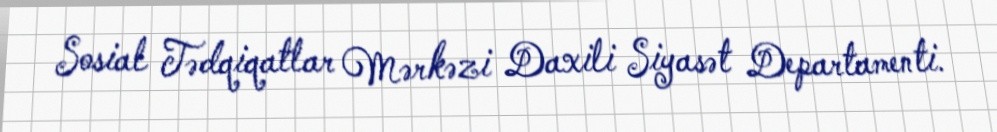
Sosial Tədqiqatlar Mərkəzi Daxili Siyasət Departamenti.